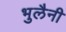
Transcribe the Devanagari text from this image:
भुलैनी